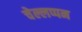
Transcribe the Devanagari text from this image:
चेल्लप्पन